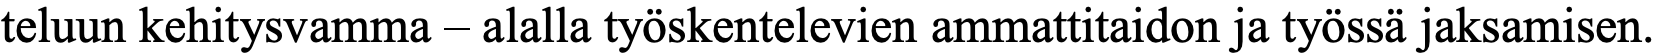
teluun kehitysvamma – alalla työskentelevien ammattitaidon ja työssä jaksamisen.